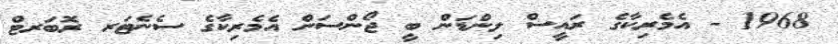
1968 - އެމެރިކާގެ ރައީސް ލިންޑަން ބީ ޖޯންސަން އެމެރިކާގެ ސެނެޓަރ ރޮބަރޓް